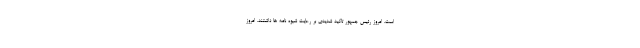
است. امروز رئیس جمهور تاکید شدیدی بر رعایت شیوه نامه ها داشتند. امروز